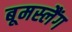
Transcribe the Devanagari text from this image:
बूमस्लैंग